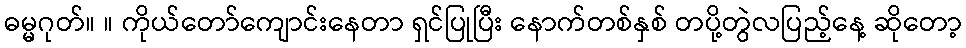
ဓမ္မဂုတ်။ ။ ကိုယ်တော်ကျောင်းနေတာ ရှင်ပြုပြီး နောက်တစ်နှစ် တပို့တွဲလပြည့်နေ့ ဆိုတော့